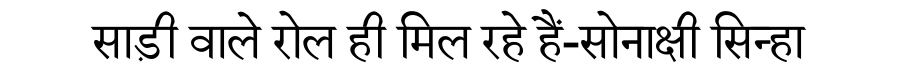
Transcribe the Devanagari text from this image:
साड़ी वाले रोल ही मिल रहे हैं-सोनाक्षी सिन्हा